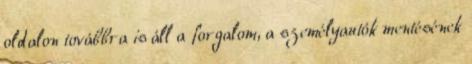
oldalon továbbra is áll a forgalom, a személyautók mentésének